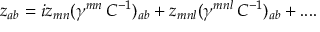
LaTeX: z _ { a b } = i z _ { m n } ( \gamma ^ { m n } \, C ^ { - 1 } ) _ { a b } + z _ { m n l } ( \gamma ^ { m n l } \, C ^ { - 1 } ) _ { a b } + . . . .